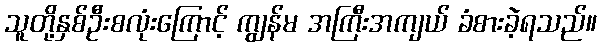
သူတို့နှစ်ဦးစလုံးကြောင့် ကျွန်မ အကြီးအကျယ် ခံစားခဲ့ရသည်။